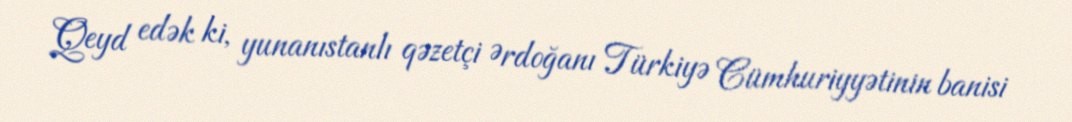
Qeyd edək ki, yunanıstanlı qəzetçi Ərdoğanı Türkiyə Cümhuriyyətinin banisi